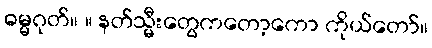
ဓမ္မဂုတ်။ ။ နတ်သ္မီးတွေကတော့ကော ကိုယ်တော်။